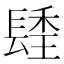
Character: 𨲚